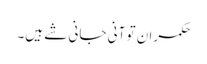
حکمران تو آنی جانی شے ہیں۔